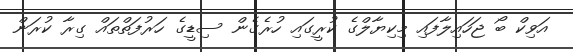
އަވިކް ބޯ ޖަހައިލާފައި މިކިޔާލްގެ ކުރީގައި ހުރެގެން ސިޑީގެ ހަރުފަތްތައް ގިރާ ކުރަން